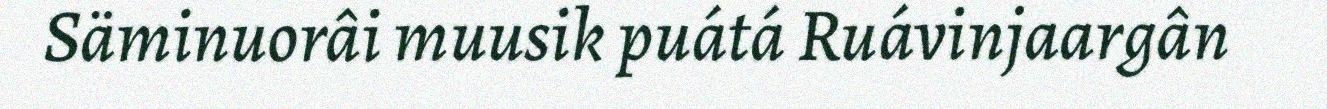
Säminuorâi muusik puátá Ruávinjaargân